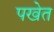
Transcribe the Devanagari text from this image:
पखेत